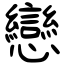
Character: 戀